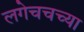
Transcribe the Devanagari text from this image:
लगेचचच्या